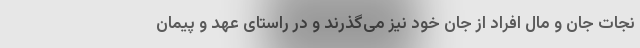
نجات جان و مال افراد از جان خود نیز می‌گذرند و در راستای عهد و پیمان